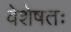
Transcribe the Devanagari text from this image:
वेशेषतः